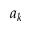
a _ { k }